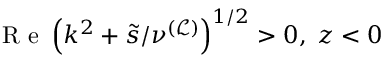
\mathcal { \mathrm { ~ R ~ e ~ } } \left( k ^ { 2 } + \tilde { s } / \nu ^ { \mathcal { ( L ) } } \right) ^ { 1 / 2 } > 0 , \; z < 0